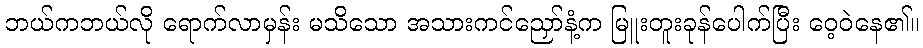
ဘယ်ကဘယ်လို ရောက်လာမှန်း မသိသော အသားကင်ညှော်နံ့က မြူးတူးခုန်ပေါက်ပြီး ဝေ့ဝဲနေ၏။